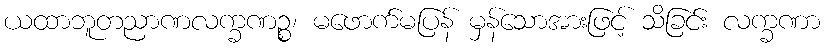
ယထာဘူတညာဏလက္ခဏဉ္စ၊ မဖောက်မပြန် မှန်သောအားဖြင့် သိခြင်း လက္ခဏာ